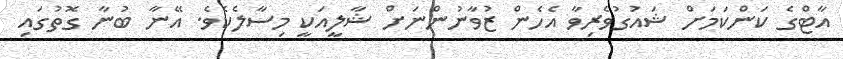
އާޓްގެ ކަންކަމަށް ޝައުގުވެރިވާ އެހެން ޒުވާނުންނަށް ޝާލީއަކީ މިސާލެކެވެ. އޭނާ ބުނާ ގޮތުގައި